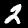
Label: 2